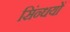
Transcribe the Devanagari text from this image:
सिंन्धयों